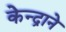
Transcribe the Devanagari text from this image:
केन्द्राने